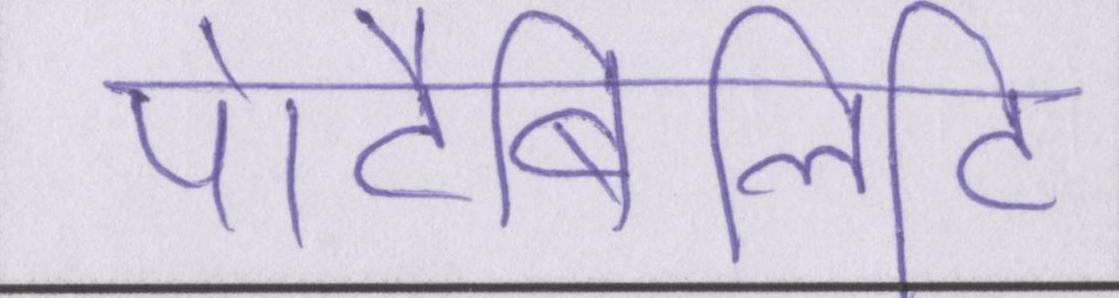
पोर्टेबिलिटी